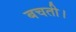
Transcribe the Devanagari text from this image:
बचती।